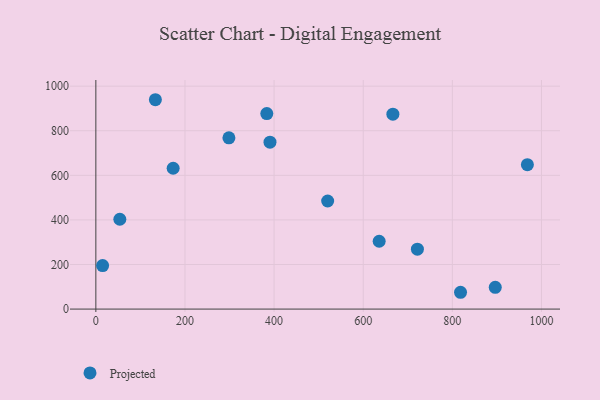
{"axis": {"x": "Ad Spend", "y": "Salary"}, "legend": ["Projected"], "data": [{"x": "390.8", "y": 748.6, "type": "Projected"}, {"x": "53.8", "y": 403.1, "type": "Projected"}, {"x": "520.2", "y": 484.9, "type": "Projected"}, {"x": "666.6", "y": 874.4, "type": "Projected"}, {"x": "635.8", "y": 304.2, "type": "Projected"}, {"x": "133.6", "y": 939.2, "type": "Projected"}, {"x": "818.4", "y": 75.4, "type": "Projected"}, {"x": "15.2", "y": 195.1, "type": "Projected"}, {"x": "896.3", "y": 97.6, "type": "Projected"}, {"x": "298.6", "y": 768.3, "type": "Projected"}, {"x": "721.6", "y": 268.8, "type": "Projected"}, {"x": "173.5", "y": 631.9, "type": "Projected"}, {"x": "968.4", "y": 647.7, "type": "Projected"}, {"x": "383.6", "y": 877.1, "type": "Projected"}]}